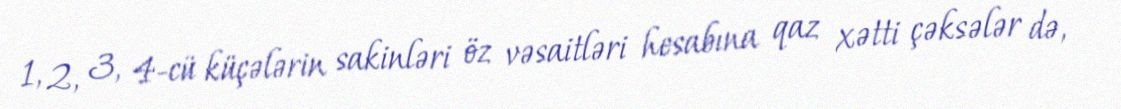
1, 2, 3, 4-cü küçələrin sakinləri öz vəsaitləri hesabına qaz xətti çəksələr də,